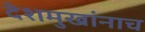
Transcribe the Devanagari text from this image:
देशमुखांनाच